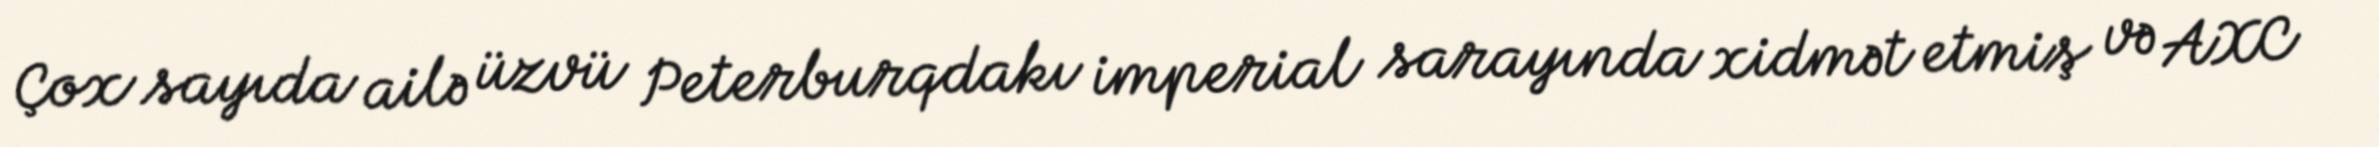
Çox sayıda ailə üzvü Peterburqdakı imperial sarayında xidmət etmiş və AXC